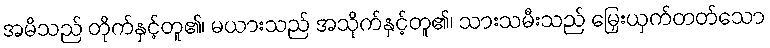
အမိသည် တိုက်နှင့်တူ၏၊ မယားသည် အသိုက်နှင့်တူ၏၊ သားသမီးသည် မြှေးယှက်တတ်သော